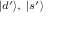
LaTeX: \scriptstyle { | d ^ { \prime } \rangle , \ | s ^ { \prime } \rangle }